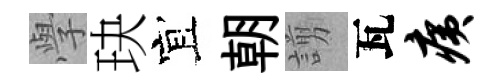
𭓕玦宜朝謭瓦痍